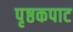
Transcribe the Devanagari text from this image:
पृष्ठकपाट